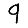
Digit: 9